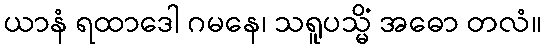
ယာနံ ရထာဒေါ ဂမနေ၊ သရူပသ္မိံ အဓော တလံ။